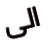
الى